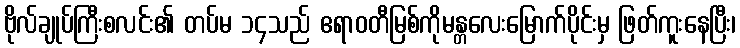
ဗိုလ်ချုပ်ကြီးစလင်း၏ တပ်မ ၁၄သည် ဧရာဝတီမြစ်ကိုမန္တလေးမြောက်ပိုင်းမှ ဖြတ်ကူးနေပြီး၊